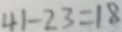
4 1 - 2 3 = 1 8